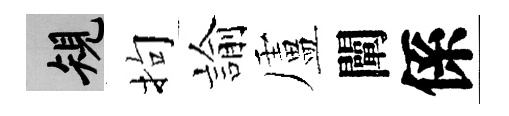
規拘諭盧闡係